Vital statistics of India. Vol. V, Reports of 1876 on armies & jails and on epidemic cholera
Year: 1876
Disease focus: Cholera
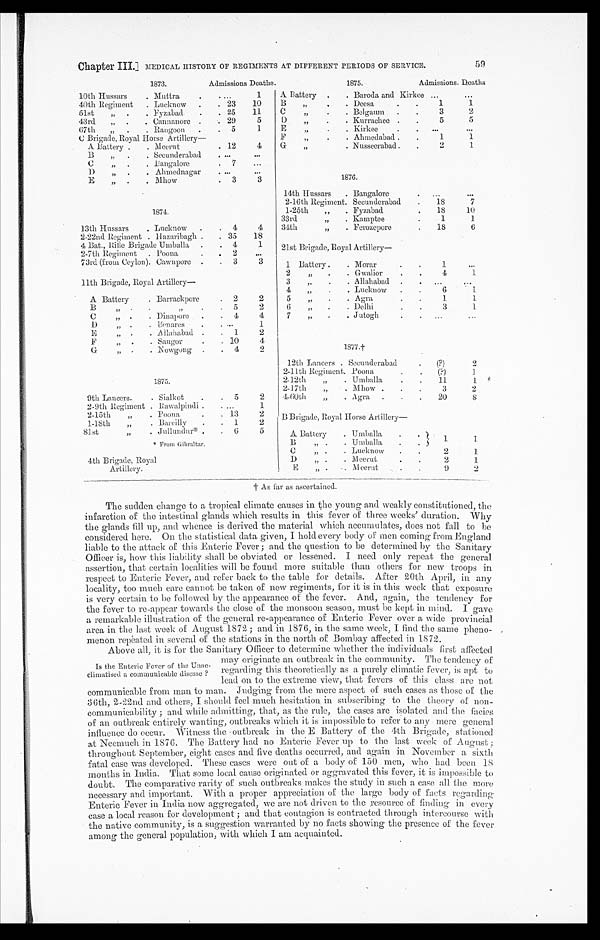
Chapter III.] MEDICAL HISTORY OF REGIMENTS AT DIFFERENT PERIODS OF SERVICE.
59
1873.
Admissions Deaths.
10th Hussars
Muttra
1
40th Regiment
Lucknow
23 10
51st
Fyzabad
25
11
43rd
Cannanore
29
5
67th
Rangoon
5
1
C Brigade Royal Horse Artillery
—
A Battery
Meerut
12
4
B "
Secunderabad
C "
Bangalore
7
D "
Ahmednagar
E "
Mhow
3
3
1874.
13th Hussars
Lucknow
4
4
2-22nd Regiment Hazaribag
35 18
4 Bat., Rifle Brigade Umballa
4
1
2-7th Regiment
Poona
2
73rd (from Ceylon). Cawnpore
3
3
11t h Br i gade, Royal Ar t i l l er y—
A Battery
Barrackpore
2
2
B " "
5
2
C " Dinapore
4
4
D " Benares
1
E " Allahabad
1
2
F
Saugor
10
4
G " "
Nowgong
4
2
1875.
9th Lancers.
Sialkot
5
2
2-9th Regiment Rawalpindi.
1
2-15th "
Poona
13
2
1-18th "
Bareilly
1
2
81st "
Jullundur*
6
5
* F r o m G i b r a l t a r .
4th Brigade, Royal
Artillery.
1875. Admissions. Deaths
A Battery . Baroda and Kirkee
B
Deesa
1
1
C
Belgaum
3
2
D "
Kurrachee
5
5
E "
K i r k e e
F "
Ahmedabad
1
1
G "
Nusseerabad
2
1
1876.
14th Hussars
Bangalor
2-16th Regiment. Secunderabad . 18
7
1-25th " Fyzabad
18
10
33rd
Kamptee
1
1
34th " Ferozepore
18
6
21st Brigade, Royal Artillery
—
1 Battery .
M o r a r
1
2 " Gwalior
4
1
3 " Allahabad
4
Lucknow
6
1
5 "
A g r a
1
1
6 " Delhi
3
1
7
Jutogh
1877.†
12th Lancers Secunderabad
(?)
2
2-11th Regiment. Poona
(?)
1
2-12th
Umballa
11
1
2-17th
Mhow
3
2
4-60th " Agra
20
8
B Brigade, Royal Horse Artillery
—
A Battery
Umballa
1
1
B " Umballa
C " Lucknow
2
1
D " Meerut
2
1
E " Meerut
9
2
The sudden change to a tropical climate causes in the young and weakly constitutioned, the
infarction of the intestinal glands which results in this fever of three weeks' duration. Why
the glands fill up, and whence is derived the material which. accumulates, does not fall to be
considered here. On the statistical data given, I hold every body of men coming from England
liable to the attack of this Enteric Fever; and the question to be determined by the Sanitary
Officer is, how this liability shall be obviated or lessened. I need only repeat the general
assertion, that certain localities will be found more suitable than others for new troops in
respect to Enteric; Fever, and refer back to the table for details. After 20th April, in any
locality, too much care cannot be taken of new regiments, for it is in this week that exposure
is very certain to be followed by the appearance of the fever. And, again, the tendency for
the fever to re-appear towards the close of the monsoon. season, must be kept in mind. I gave
a remarkable illustration of the general re-appearance of Enteric Fever over a wide provincial
area in the last week of August 1872; and in 1876, in the same week, I find the same pheno
- m e n o n r e p e a t e d i n s e v e r a l o f t h e s t a t i o n s i n t h e n o r t h o f B o m b a y a f f e c t e d i n 1 8 7 2 .
Above all, it is for the Sanitary Officer to determine whether the individuals first affected
may originate an outbreak in the community. The tendency of
regarding this theoretically as a. purely climatic fever, is apt to
lead on to the extreme view, that fevers of this class are not;
communicable from man to man. Judging from the mere aspect of such cases as those of the
36th, 2-22nd and others, I should feel much hesitation in subscribing to the theory of non-
communicability; and while admitting, that, as the rule, the cases are isolated and the facies
of an outbreak entirely wanting, outbreaks which it is impossible to refer to any mere general
influence do occur. Witness the outbreak in the E Battery of the 4th Brigade, stationed
at Neemuch in 1876. The Battery had no Enteric Fever up to the last week of August;
throughout September, eight cases and five deaths occurred, and again in. November a sixth
fatal case was developed. These cases were out of a body of 150 men, who had been 18
months in India. That some local cause originated or aggravated this fever, it is impossible to
doubt. The comparative rarity of such outbreaks makes the study in such. a case all the more
neces s ar y and i mpor t ant . Wi t h a pr oper appr eci at i on of t he l ar ge body of f act s r egar di ng
Enteric Fever in India now aggregated, we are not driven to time resource of finding in every
case a local reason for development; and that contagion is contracted through intercourse with
the native community, is a suggestion warranted by no facts showing the presence of the fever
among the general population, with which I am acquainted.
Is the Enteric Fever or the. Un
ac-climatised a communicable disease?